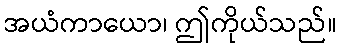
အယံကာယော၊ ဤကိုယ်သည်။